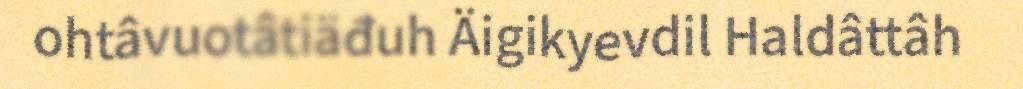
ohtâvuotâtiäđuh Äigikyevdil Haldâttâh